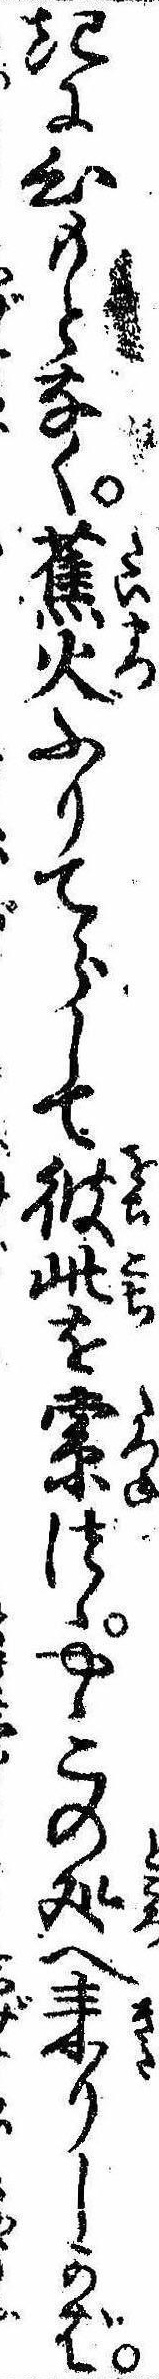
きに心もとなく蕉火ふりてらして彼此を索つゝやゝこの処へ来りしかば